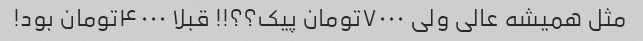
مثل همیشه عالی ولی ۷۰۰۰تومان پیک؟؟!! قبلا ۴۰۰۰تومان بود!